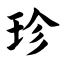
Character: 珍